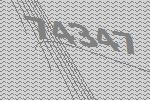
74347